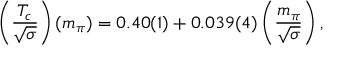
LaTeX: \left( { \frac { T _ { c } } { \sqrt { \sigma } } } \right) ( m _ { \pi } ) = 0 . 4 0 ( 1 ) + 0 . 0 3 9 ( 4 ) \left( { \frac { m _ { \pi } } { \sqrt { \sigma } } } \right) ,